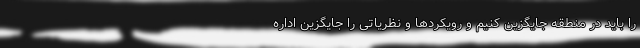
را باید در منطقه جایگزین کنیم و رویکرد‌ها و نظریاتی را جایگزین اداره